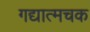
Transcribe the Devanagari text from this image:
गद्यात्मचक